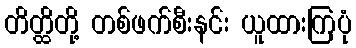
တိတ္ထိတို့ တစ်ဖက်စီးနင်း ယူထားကြပုံ